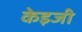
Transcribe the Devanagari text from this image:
केइजी